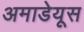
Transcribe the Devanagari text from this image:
अमाडेयूस